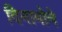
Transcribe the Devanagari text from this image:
दिनामोने